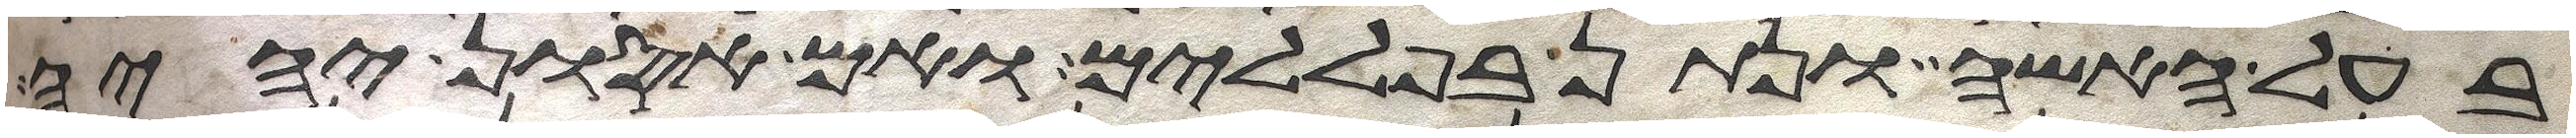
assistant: בעל האשה ונתן בפללים ואם אסון יהיה